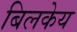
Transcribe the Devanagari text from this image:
बिलकेय